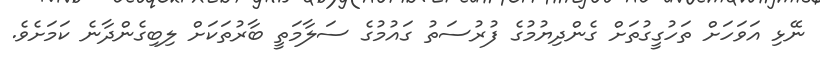
ނޭޅި އަވަހަށް ތަހުގީގުތަށް ގެންދިޔުމުގެ ފުރުސަތު ގައުމުގެ ސަލާމަތީ ބާރުތަކަށް ލިބިގެންދާނެ ކަމަށެވެ.